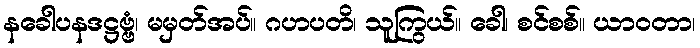
နခေါပနဒဋ္ဌဗ္ဗံ၊ မမှတ်အပ်။ ဂဟပတိ၊ သူကြွယ်။ ခေါ၊ စင်စစ်။ ယာဝတာ၊